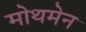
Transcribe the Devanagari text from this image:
मोथमेन